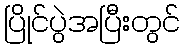
ပြိုင်ပွဲအပြီးတွင်